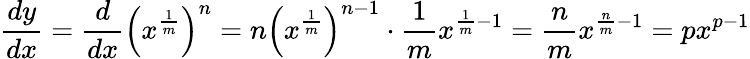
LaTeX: {\frac{dy}{dx}}={\frac{d}{dx}}\left(x^{\frac{1}{m}}\right)^{n}=n\left(x^{\frac{1}{m}}\right)^{n-1}\cdot{\frac{1}{m}}x^{{\frac{1}{m}}-1}={\frac{n}{m}}x^{{\frac{n}{m}}-1}=px^{p-1}